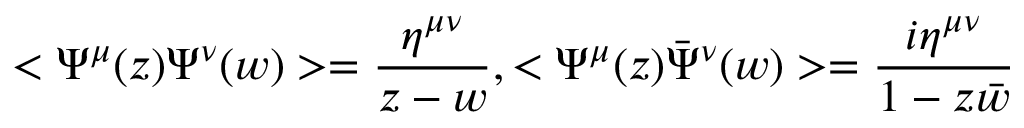
< \Psi ^ { \mu } ( z ) \Psi ^ { \nu } ( w ) > = \frac { \eta ^ { \mu \nu } } { z - w } , < \Psi ^ { \mu } ( z ) { \bar { \Psi } } ^ { \nu } ( w ) > = \frac { i \eta ^ { \mu \nu } } { 1 - z \bar { w } }